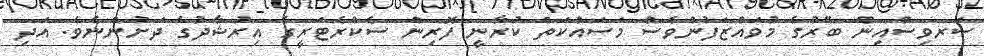
ސަރވިސްއިން ބޭރުގެ މުވައްޒަފުންވެސް މަސައްކަތް ކުރާނީ ފޮރިން ސެކްރެޓަރީގެ އިރުޝާދުގެ ދަށުންނެވެ. އަދި